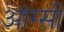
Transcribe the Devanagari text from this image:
आंग्सी